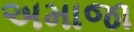
અમાજા